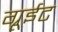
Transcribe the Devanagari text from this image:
ग्रूईट